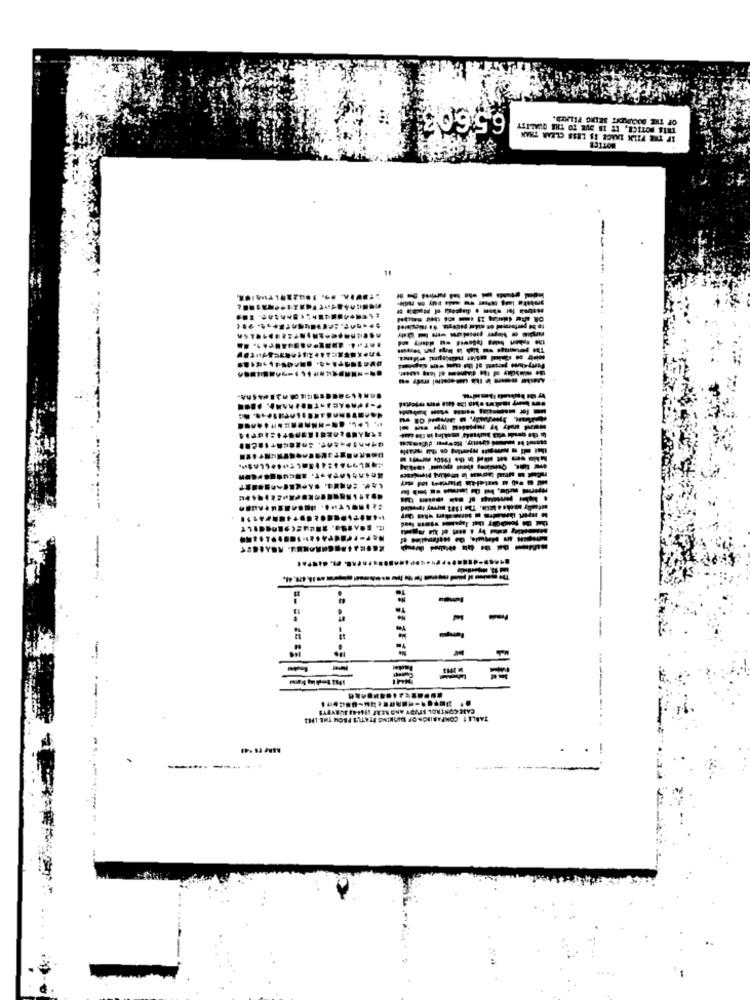
6,5.603
14
--
.
-
------------ 47,41,
-
-
TABLET COMPARISON OF PICKING ITATL'S FROM THE LM
---- -..
.
-.....